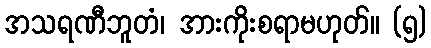
အသရဏီဘူတံ၊ အားကိုးစရာမဟုတ်။ (၅)